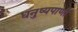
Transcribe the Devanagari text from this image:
धनुष्यपाणी